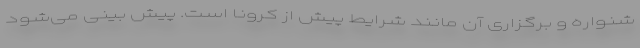
شنواره و برگزاری آن مانند شرایط پیش از کرونا است. پیش بینی می‌شود